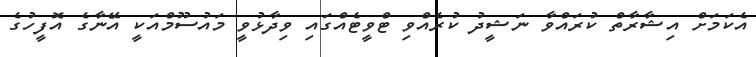
އެކަމަށް އިޝާރާތް ކުރައްވާ ނަޝީދު ކުރެއްވި ޓްވީޓެއްގައި ވިދާޅުވީ މައުސޫމްއަކީ އޭނާގެ އޮފީހުގެ